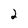
Character: 2